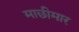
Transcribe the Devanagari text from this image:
माछीमार